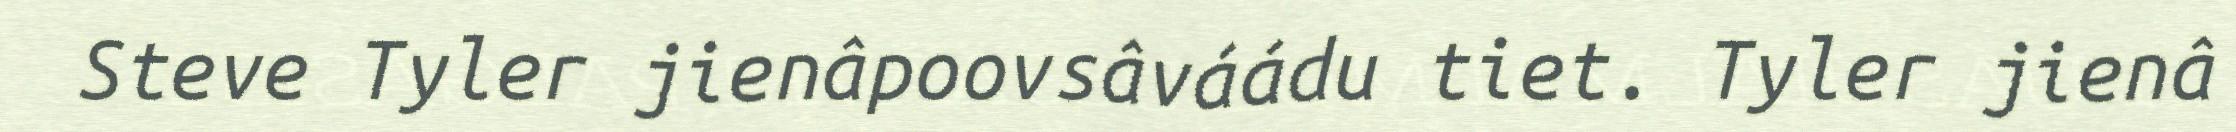
Steve Tyler jienâpoovsâváádu tiet. Tyler jienâ